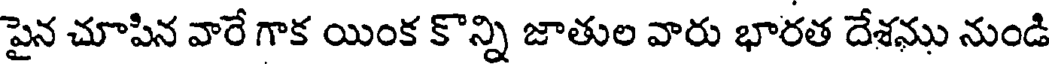
పైన చూపిన వారే గాక యింక కొన్ని జాతుల వారు భారత దేశము నుండి